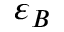
\varepsilon _ { B }